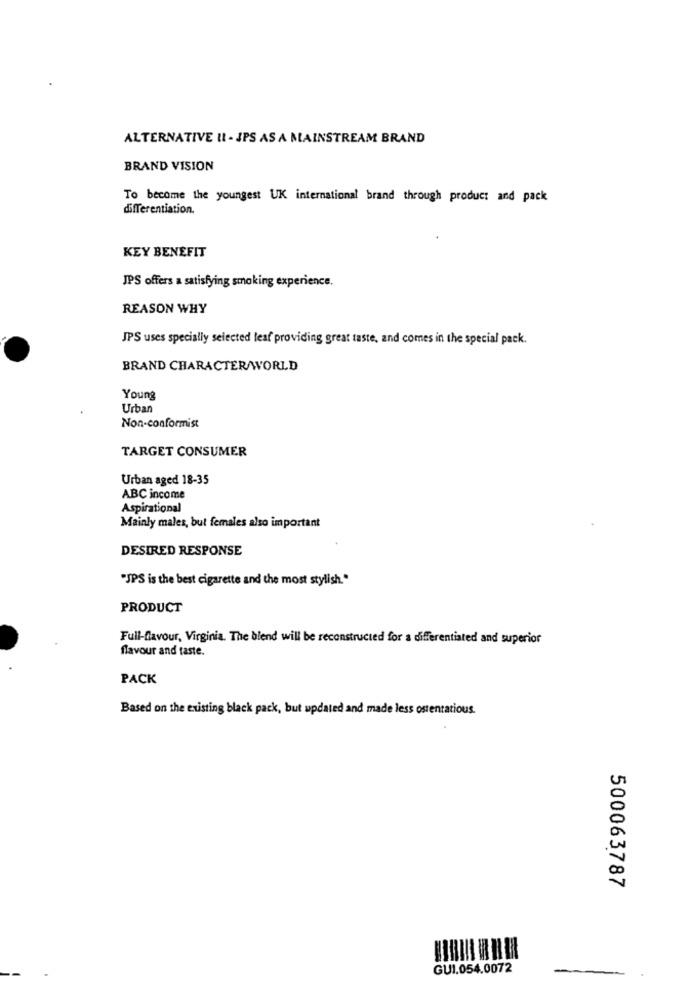
ALTERNATIVE IL - JPS AS A MAINSTREAM BRAND
BRAND VISION
To become the youngest UK international brand through product and pack
differentiation.
KEY BENEFIT
JPS offers a satisfying smoking experience.
REASON WHY
JPS uses specially selected leaf providing great taste, and comes in the special pack.
BRAND CHARACTER/WORLD
Young
Urban
Non-conformist
TARGET CONSUMER
Urban aged 18-35
ABC income
Aspirational
Mainly males, but females also important
DESIRED RESPONSE
"JPS is the best cigarette and the most stylish."
PRODUCT
Full-flavour, Virginia. The blend will be reconstructed for a differentiated and superior
flavour and taste.
PACK
Based on the existing black pack, but updated and made less ostentatious.
500063787
GUI.054.0072
-